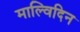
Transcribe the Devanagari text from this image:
माल्विदिन